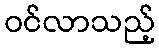
ဝင်လာသည့်